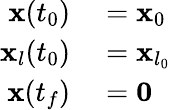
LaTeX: \begin{array}{rl}{\mathbf{x}(t_{0})}&{{}=\mathbf{x}_{0}}\\ {\mathbf{x}_{l}(t_{0})}&{{}=\mathbf{x}_{l_{0}}}\\ {\mathbf{x}(t_{f})}&{{}=\mathbf{0}}\end{array}